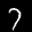
Label: 7